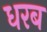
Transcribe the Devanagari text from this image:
धरब